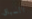
السباق